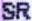
SR